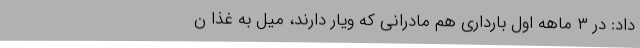
داد: در ۳ ماهه اول بارداری هم مادرانی که ویار دارند، میل به غذا ن